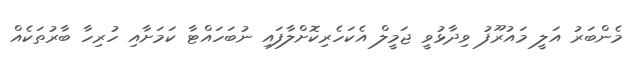
މެންބަރު އަލީ މައުރޫފު ވިދާޅުވީ ޖަމީލް އެކަހެރިކޮށްލާފައި ނުބަހައްޓާ ކަމަށާއި ހުރިހާ ބާރުތަކެއް